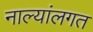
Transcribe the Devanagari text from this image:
नाल्यांलगत